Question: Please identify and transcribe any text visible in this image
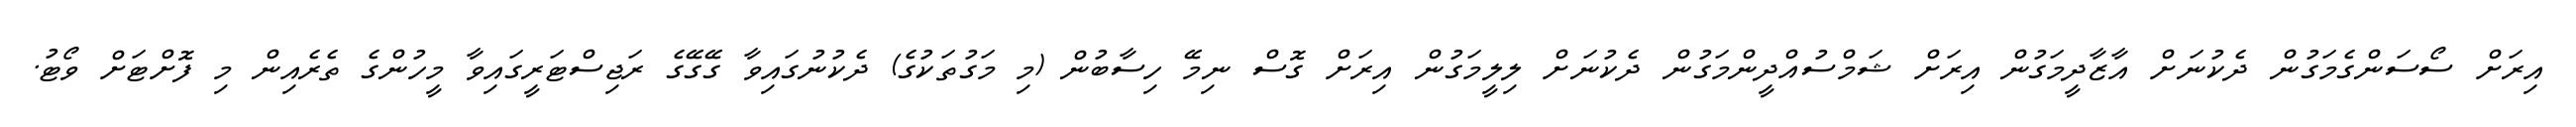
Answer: އިރަށް ސޯސަންގެމަގުން ދެކުނަށް އާޒާދީމަގުން އިރަށް ޝަމްސުއްދީންމަގުން ދެކުނަށް ލިލީމަގުން އިރަށް ގޮސް ނިމޭ ހިސާބުން (މި މަގުތަކުގެ) ދެކުނުގައިވާ ގޭގޭގެ ރަޖިސްޓަރީގައިވާ މީހުންގެ ތެރެއިން މި ފޮށްޓަށް ވޯޓު.